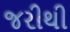
જરીથી